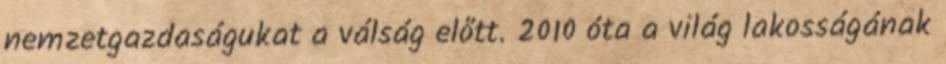
nemzetgazdaságukat a válság előtt. 2010 óta a világ lakosságának